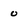
Character: 0